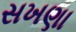
સખણા